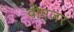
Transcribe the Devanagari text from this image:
वोएजर